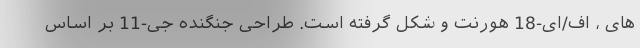
های ، اف/ای-18 هورنت و شکل گرفته است. طراحی جنگنده جی-11 بر اساس